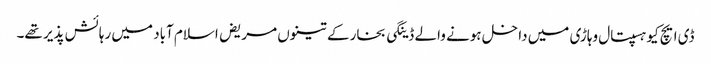
ڈی ایچ کیو ہسپتال وہاڑی میں داخل ہونے والے ڈینگی بخار کے تینوں مریض اسلام آباد میں رہائش پذیر تھے۔